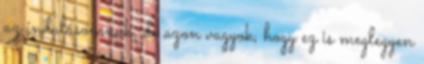
az indulásomnak, de azon vagyok, hogy ez is meglegyen